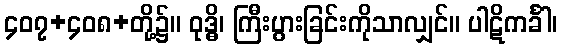
၄၀၇+၄၀၈+တို့၌။ ဝုဒ္ဓိ၊ ကြီးပွားခြင်းကိုသာလျှင်။ ပါဋိကင်္ခါ၊